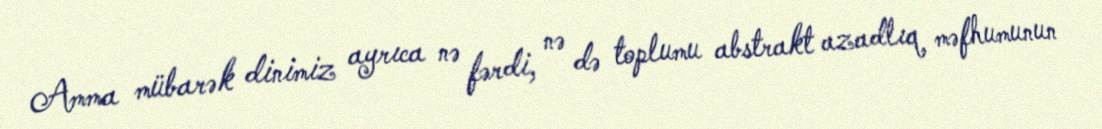
Amma mübarək dinimiz ayrıca nə fərdi, nə də toplumu abstrakt azadlıq məfhumunun